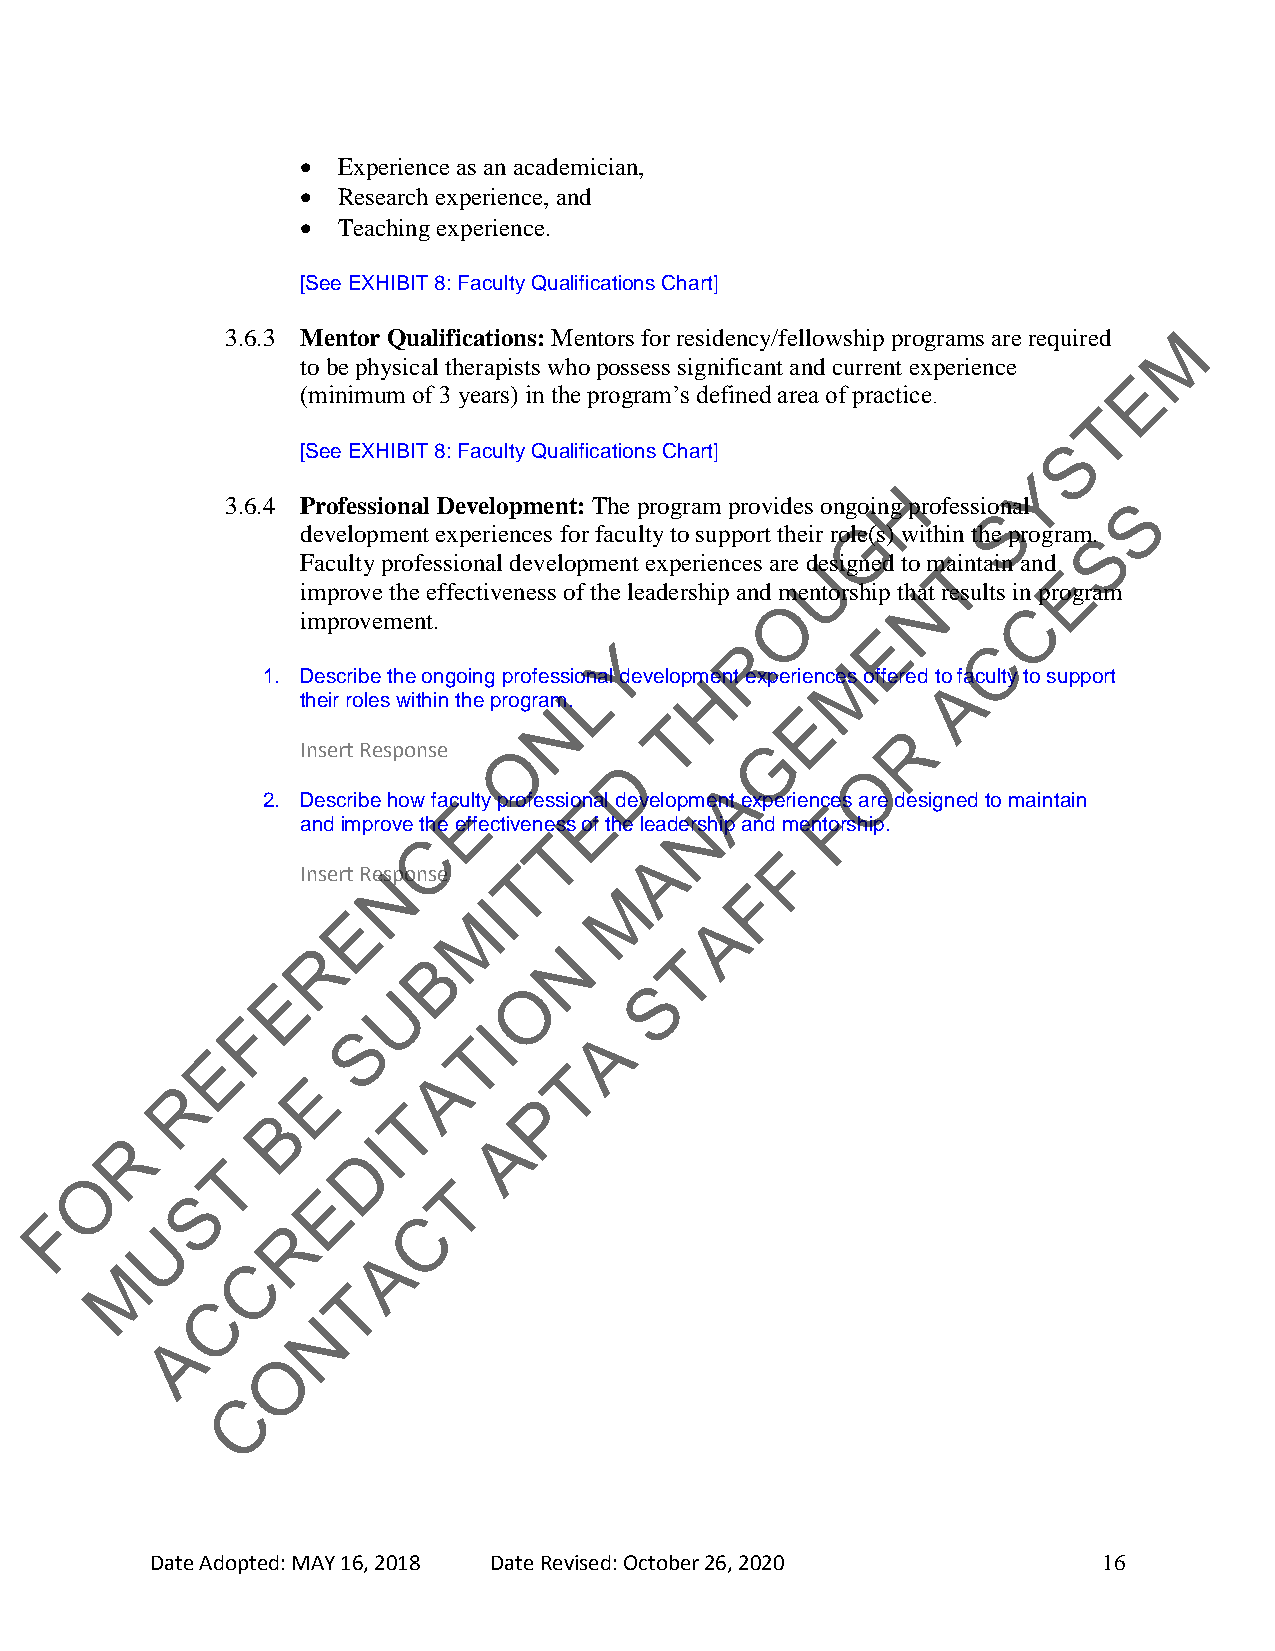
 Experience as an academician,
  Research experience, and
  Teaching experience.
 [See EXHIBIT 8: Faculty Qualifications Chart]
 3.6.3 Mentor Qualifications: Mentors for residency/fellowship programs are required M
 to be physical therapists who possess significant and current experience
 E
 (minimum of 3 years) in the program’s defined area of practice.
 T
 S
 [See EXHIBIT 8: Faculty Qualifications Chart]
 Y
 H
 3.6.4 Professional Development: The program provides ongoing professional S
 S
 G
 development experiences for faculty to support their role(s) within the program.S
 Faculty professional development experiences are dUesigned to mTaintain and
 E
 improve the effectiveness of the leadership and mentorship thNat results in program
 O               C
 improvement.
 E
 Y        R               C
 M
 1. Describe the ongoing professioLnal developmHent experiences offered toA faculty to support
 their roles within the program.
 N
 T
 E
 R
 Insert Response O              G
 D               O
 A
 2. Describe how facEulty professioEnal development experienc Fes are designed to maintain
 N
 and improve the effectiveness of the leadership and mentorship.
 C       T
 A       F
 Insert ReNsponse T
 M       F
 I
 E       M               A
 R      B        N       T
 E                O       S
 U
 F
 S        I       A
 T
 E
 A       T
 E
 R
 P
 T
 B
 R               I        A
 D
 T
 O
 T
 S        E
 F                        C
 U        R
 A
 M       C
 T
 C
 N
 A
 O
 C
 Date Adopted: MAY 16, 2018 Date Revised: October 26, 2020      16